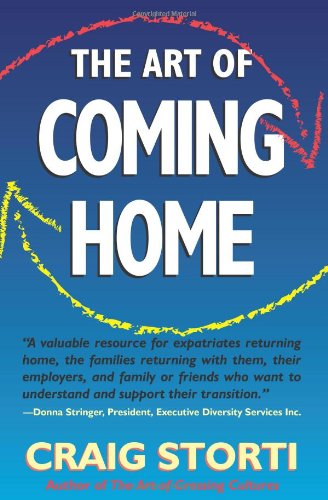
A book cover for The Art of Coming Home; Craig Storti; Travel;